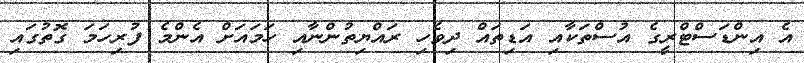
އެ އިންޑަސްޓްރީގެ އުސްތަކާއި އަޑިތައް ދިވެހި ރައްޔިތުންނާއި ހަމައަށް އެންމެ ފުރިހަމަ ގޮތުގައި